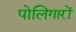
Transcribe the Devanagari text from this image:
पोलिगारों